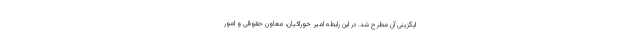
ایگزینی آن مطرح شد. در این رابطه امیر خوراکیان، معاون حقوقی و امور